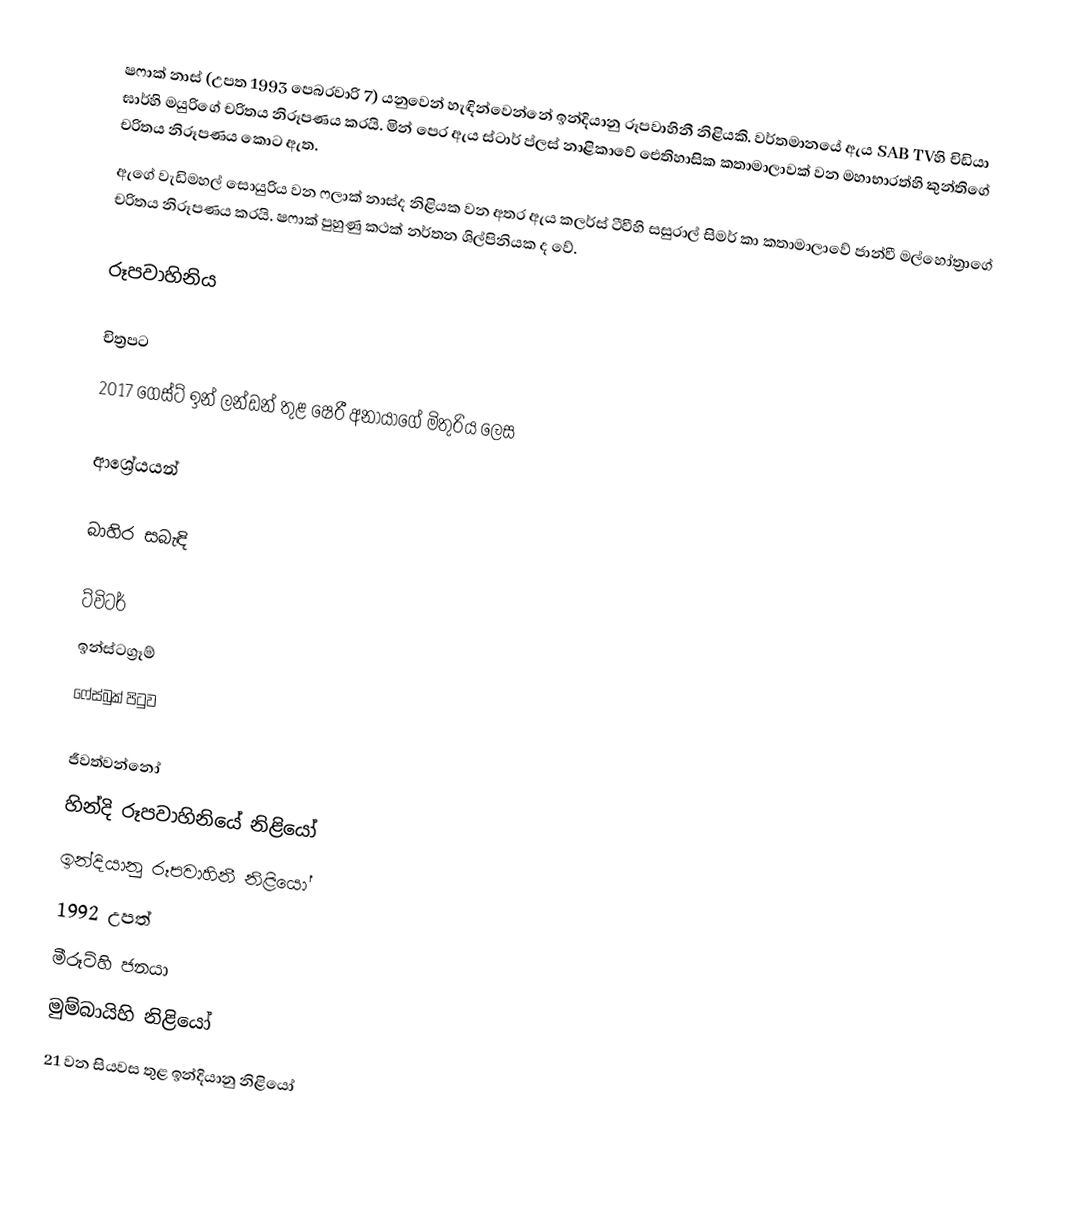
ෂෆාක් නාස් (උපත 1993 පෙබරවාරි 7) යනුවෙන් හැඳින්වෙන්නේ ඉන්දියානු රූපවාහිනී නිළියකි. වර්තමානයේ ඇය SAB TVහි චිඩියා ඝාර්හි මයුරිගේ චරිතය නිරූපණය කරයි. මින් පෙර ඇය ස්ටාර් ප්ලස් නාළිකාවේ ඓතිහාසික කතාමාලාවක් වන මහාභාරත්හි කුන්තිගේ චරිතය නිරූපණය කොට ඇත.
 ඇගේ වැඩිමහල් සොයුරිය වන ෆලාක් නාස්ද නිළියක වන අතර ඇය කලර්ස් ටීවීහි සසුරාල් සිමර් කා කතාමාලාවේ ජාන්වී මල්හෝත්‍රාගේ චරිතය නිරූපණය කරයි. ෂෆාක් පුහුණු කථක් නර්තන ශිල්පිනියක ද වේ.

රූපවාහිනිය

චිත්‍රපට
2017 ගෙස්ට් ඉන් ලන්ඩන් තුළ ෂෙරී අනායාගේ මිතුරිය ලෙස

ආශ්‍රේයයන්

බාහිර සබැඳි

 ට්විටර්
 ඉන්ස්ටග්‍රෑම්
 ෆේස්බුක් පිටුව

ජීවත්වන්නෝ
හින්දි රූපවාහිනියේ නිළියෝ
ඉන්දියානු රූපවාහිනී නිළියෝ
1992 උපත්
මීරූට්හි ජනයා
මුම්බායිහි නිළියෝ
21 වන සියවස තුළ ඉන්දියානු නිළියෝ